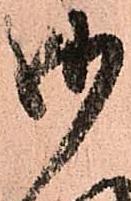
御